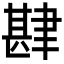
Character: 𮌅